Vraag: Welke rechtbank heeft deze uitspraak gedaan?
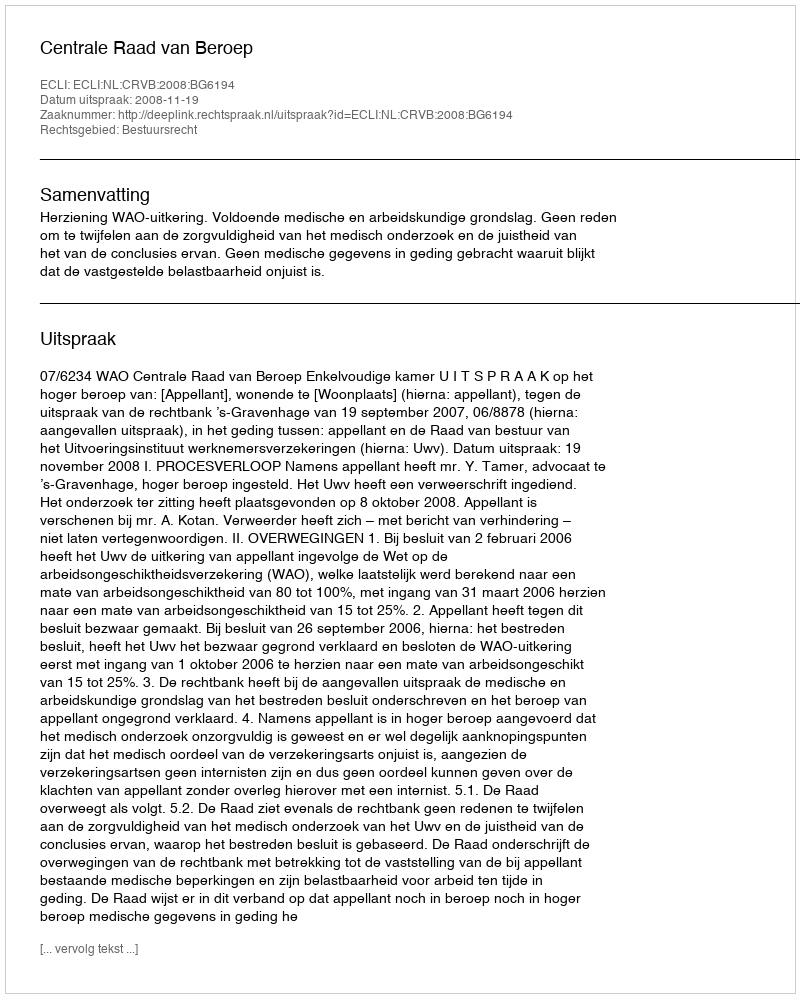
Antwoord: Centrale Raad van Beroep